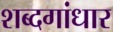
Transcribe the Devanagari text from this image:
शब्दगांधार